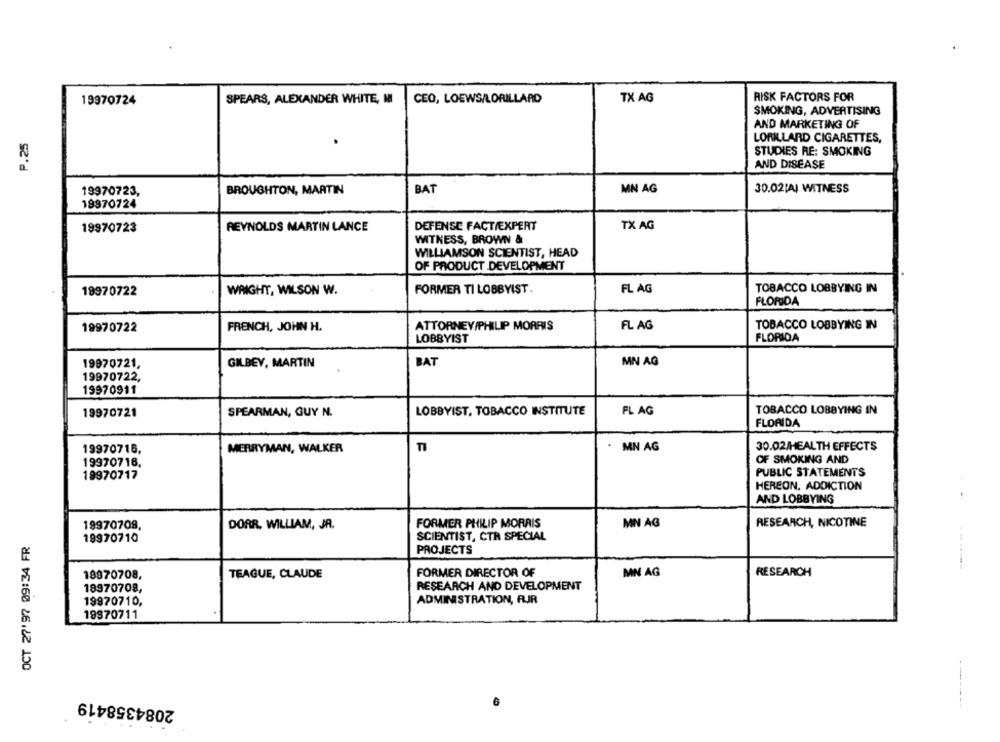
RISK FACTORS FOR
19970724
SPEARS, ALEXANDER WHITE, MI
CEO, LOEWS/LORILLARD
TX AG
SMOKING, ADVERTISING
AND MARKETING OF
P.25
LORILLARD CIGARETTES,
STUDIES RE: SMOKING
AND DISEASE
19970723,
BROUGHTON, MARTIN
BAT
MN AG
30.02|AI WITNESS
19970724
19970723
REYNOLDS MARTIN LANCE
DEFENSE FACT/EXPERT
TX AG
WITNESS, BROWN &
WILLIAMSON SCIENTIST, HEAD
OF PRODUCT DEVELOPMENT
FORMER TI LOBBYIST.
FL AG
TOBACCO LOBBYING IN
19970722
WRIGHT, WILSON W.
FLORIDA
FRENCH, JOHN H.
ATTORNEY/PHILIP MORRIS
FL AG
TOBACCO LOBBYING IN
19970722
LOBBYIST
FLORIDA
19970721,
GILBEY, MARTIN
BAT
MN AG
19970722,
19970911
19970721
SPEARMAN, GUY N.
LOBBYIST, TOBACCO INSTITUTE
FL AG
TOBACCO LOBBYING IN
FLORIDA
TI
19970715,
MERRYMAN, WALKER
MN AG
30.02/HEALTH EFFECTS
OF SMOKING AND
19970716.
PUBLIC STATEMENTS
19970717
HEREON, ADDICTION
AND LOBBYING
19970708,
DORR, WILLIAM, JA.
FORMER PHILIP MORRIS
MN AG
RESEARCH, NICOTINE
OCT 27'97 09:34 FR
19970710
SCIENTIST, CTA SPECIAL
PROJECTS
FORMER DIRECTOR OF
MN AG
18970708,
TEAGUE, CLAUDE
RESEARCH
RESEARCH AND DEVELOPMENT
19970708,
19970710,
ADMINISTRATION, FIR
19970711
2084358419